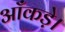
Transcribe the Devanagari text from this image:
आँकड़े।